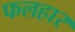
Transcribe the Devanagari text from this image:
फलहार